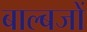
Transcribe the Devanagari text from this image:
बाल्बजों